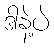
ဒါနဲ့ပဲ